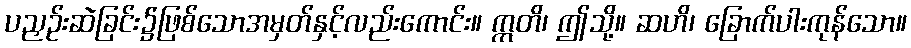
ပညှဉ်းဆဲခြင်း၌ဖြစ်သောအမှတ်နှင့်လည်းကောင်း။ ဣတိ၊ ဤသို့။ ဆဟိ၊ ခြောက်ပါးကုန်သော။